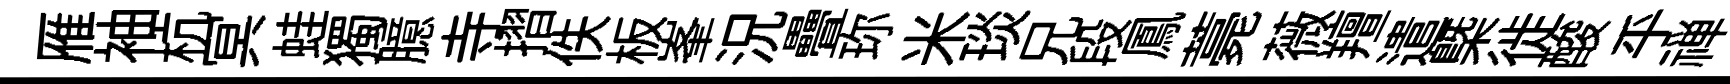
雁袖杭冥蛙獨臆寺摺佚板峯況疊珎米琰兄段鳳薧薇羶遣槩徙酸乎禅